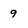
Character: 9